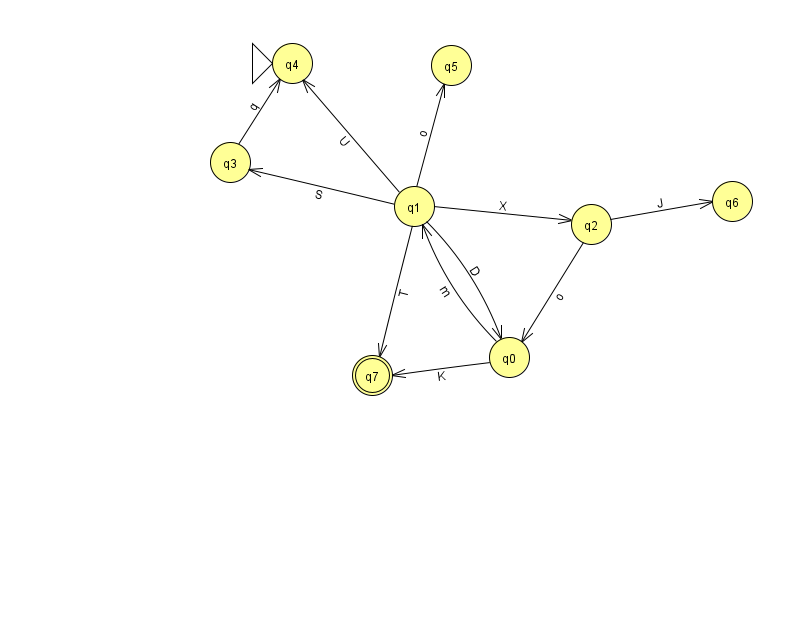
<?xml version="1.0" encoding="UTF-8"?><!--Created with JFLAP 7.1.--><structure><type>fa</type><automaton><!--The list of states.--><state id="0" name="q0"><x>509.0</x><y>344.0</y></state><state id="1" name="q1"><x>414.0</x><y>193.0</y></state><state id="2" name="q2"><x>591.0</x><y>211.0</y></state><state id="3" name="q3"><x>230.0</x><y>149.0</y></state><state id="4" name="q4"><x>292.0</x><y>50.0</y><initial/></state><state id="5" name="q5"><x>451.0</x><y>52.0</y></state><state id="6" name="q6"><x>732.0</x><y>188.0</y></state><state id="7" name="q7"><x>372.0</x><y>362.0</y><final/></state><!--The list of transitions.--><transition><from>1</from><to>5</to><read>o</read></transition><transition><from>2</from><to>0</to><read>o</read></transition><transition><from>1</from><to>4</to><read>U</read></transition><transition><from>1</from><to>0</to><read>D</read></transition><transition><from>0</from><to>7</to><read>K</read></transition><transition><from>1</from><to>2</to><read>X</read></transition><transition><from>1</from><to>7</to><read>T</read></transition><transition><from>3</from><to>4</to><read>q</read></transition><transition><from>2</from><to>6</to><read>J</read></transition><transition><from>0</from><to>1</to><read>m</read></transition><transition><from>1</from><to>3</to><read>S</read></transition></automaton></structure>